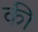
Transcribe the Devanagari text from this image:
की